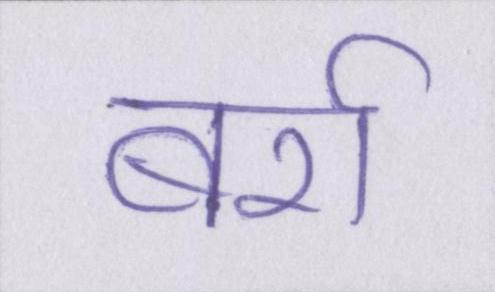
बर्रा